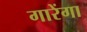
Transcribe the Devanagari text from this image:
गारेंगा